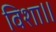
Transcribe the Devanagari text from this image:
विशा॥